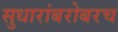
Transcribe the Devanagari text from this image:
सुधारांबरोबरच